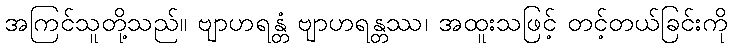
အကြင်သူတို့သည်။ ဗျာဟရန္တံ ဗျာဟရန္တဿ၊ အထူးသဖြင့် တင့်တယ်ခြင်းကို